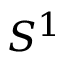
S ^ { 1 }